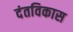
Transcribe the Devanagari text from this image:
दंतविकास